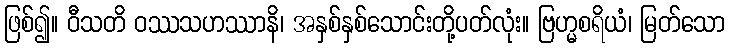
ဖြစ်၍။ ဝီသတိ ဝဿသဟဿာနိ၊ အနှစ်နှစ်သောင်းတို့ပတ်လုံး။ ဗြဟ္မစရိယံ၊ မြတ်သော